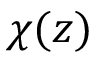
\chi ( z )